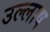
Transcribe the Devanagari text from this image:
उल्लाष